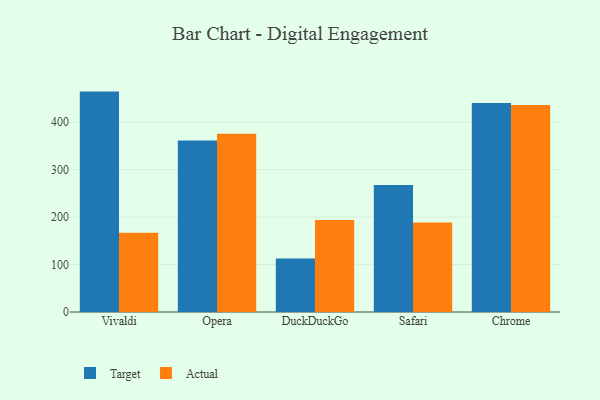
{"axis": {"x": "Browser", "y": "Production Output"}, "legend": ["Actual", "Target"], "data": [{"x": "Vivaldi", "y": 464.7, "type": "Target"}, {"x": "Vivaldi", "y": 166.9, "type": "Actual"}, {"x": "Opera", "y": 361.6, "type": "Target"}, {"x": "Opera", "y": 376.0, "type": "Actual"}, {"x": "DuckDuckGo", "y": 112.6, "type": "Target"}, {"x": "DuckDuckGo", "y": 194.0, "type": "Actual"}, {"x": "Safari", "y": 267.8, "type": "Target"}, {"x": "Safari", "y": 188.9, "type": "Actual"}, {"x": "Chrome", "y": 440.7, "type": "Target"}, {"x": "Chrome", "y": 436.7, "type": "Actual"}]}